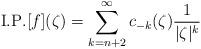
LaTeX: \begin{align*}\mathrm{I. P.}[f](\zeta)=\sum_{k=n+2}^{\infty}c_{-k}(\zeta)\frac{1}{|\zeta|^{k}}\end{align*}